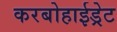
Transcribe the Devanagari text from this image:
करबोहाईड्रेट